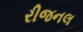
રીજનલ